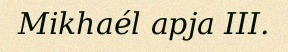
Mikhaél apja III.